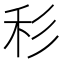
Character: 𥝞